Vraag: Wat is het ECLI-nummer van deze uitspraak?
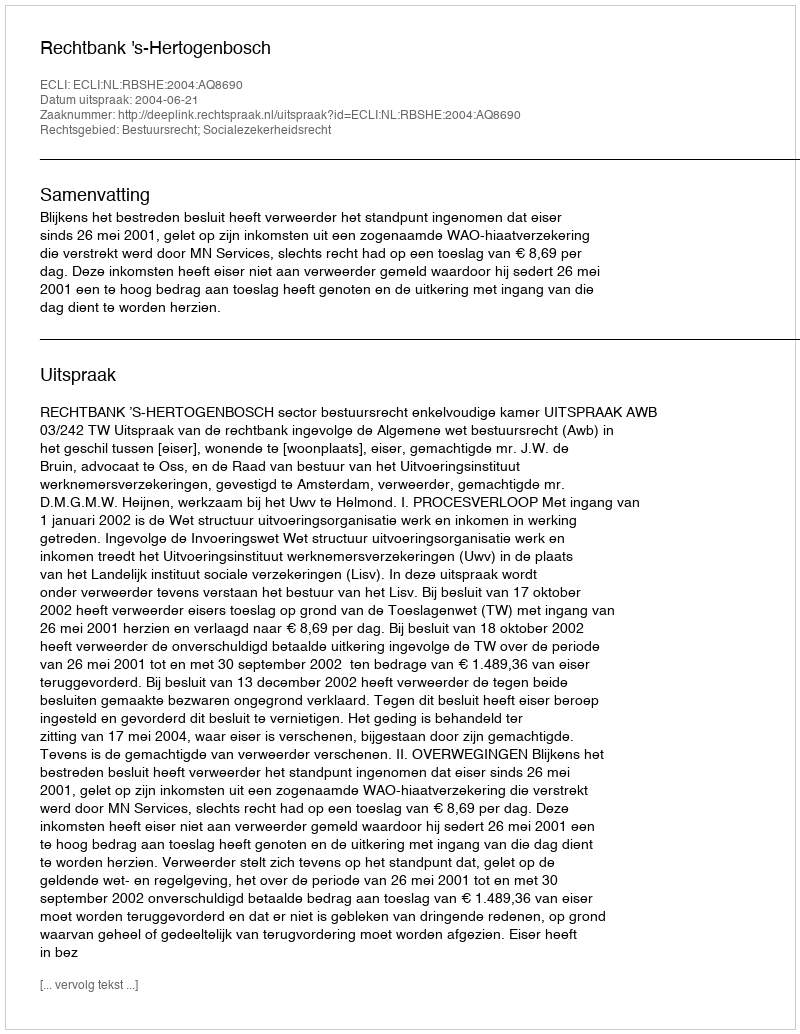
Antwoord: ECLI:NL:RBSHE:2004:AQ8690